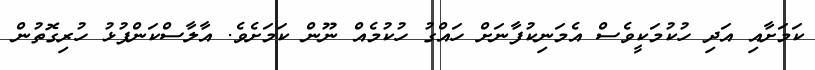
ކަމަށާއި އަދި ހުކުމަކީވެސް އެމަނިކުފާނަށް ހައްގު ހުކުމެއް ނޫން ކަމަށެވެ. އާލާސްކަންފުޅު ހުރިގޮތުން